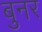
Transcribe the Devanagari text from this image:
बुनर